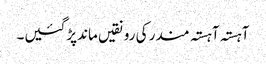
آہستہ آہستہ مندر کی رونقیں ماندپڑگئیں۔